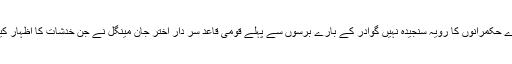
انہوں نے کہا کہ گوادر کے بارے حکمرانوں کا رویہ سنجیدہ نہیں گوادر کے بارے برسوں سے پہلے قومی قاعد سر دار اختر جان مینگل نے جن خدشات کا اظہار کیا تھا وہ درست ثابت ہورہے ہیں۔